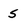
Character: S